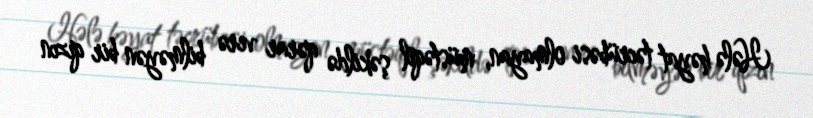
Hələ həyat təcrübəsi olmayan, müstəqil şəkildə qərar verə bilməyən bir qızın